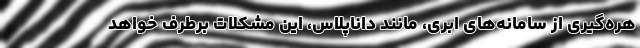
هره‌گیری از سامانه‌های ابری، مانند داناپلاس، این مشکلات برطرف خواهد